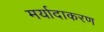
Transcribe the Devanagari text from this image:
मर्यादाकरण